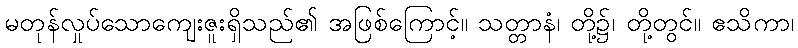
မတုန်လှုပ်သောကျေးဇူးရှိသည်၏ အဖြစ်ကြောင့်။ သတ္တာနံ၊ တို့၌၊ တို့တွင်။ ဧသိကာ၊